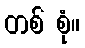
တစ် စုံ။